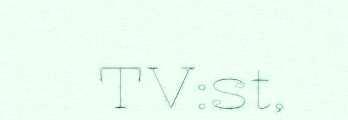
TV:st,